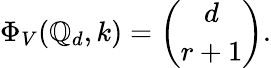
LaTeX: \Phi_{V}(\mathbb{Q}_{d},k)={\binom{d}{r+1}}.